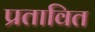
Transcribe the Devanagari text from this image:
प्रतावित